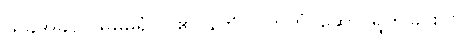
ယခုအခါ၌။ မမဓုရံ၊ ငါ၏ဝန်ကို။ ဝဟိတုံ၊ ဆောင်ရွက်ခြင်းငှါ။